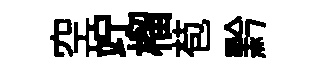
空竚榴苞黔